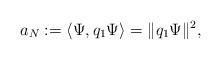
LaTeX: \begin{align*}a_N:=\langle \Psi, q_1 \Psi \rangle = \|q_1 \Psi\|^2,\end{align*}